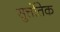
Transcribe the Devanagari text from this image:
सुत्तंतिक